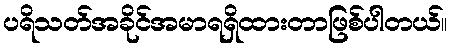
ပရိသတ်အခိုင်အမာရရှိထားတာဖြစ်ပါတယ်။